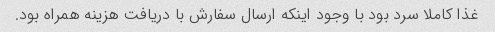
غذا کاملا سرد بود با وجود اینکه ارسال سفارش با دریافت هزینه همراه بود.